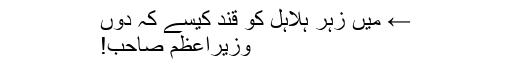
← میں زہر ہلاہل کو قند کیسے کہ دوں
وزیراعظم صاحب!